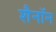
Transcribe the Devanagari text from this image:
शैनॉन